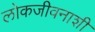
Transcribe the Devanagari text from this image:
लोकजीवनाशी